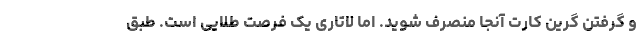
و گرفتن گرین کارت آنجا منصرف شوید. اما لاتاری یک فرصت طلایی است. طبق